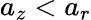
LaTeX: a_{z}<a_{r}